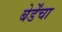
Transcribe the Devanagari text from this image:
बेर्डेंचा